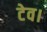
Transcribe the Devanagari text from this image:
टेव।